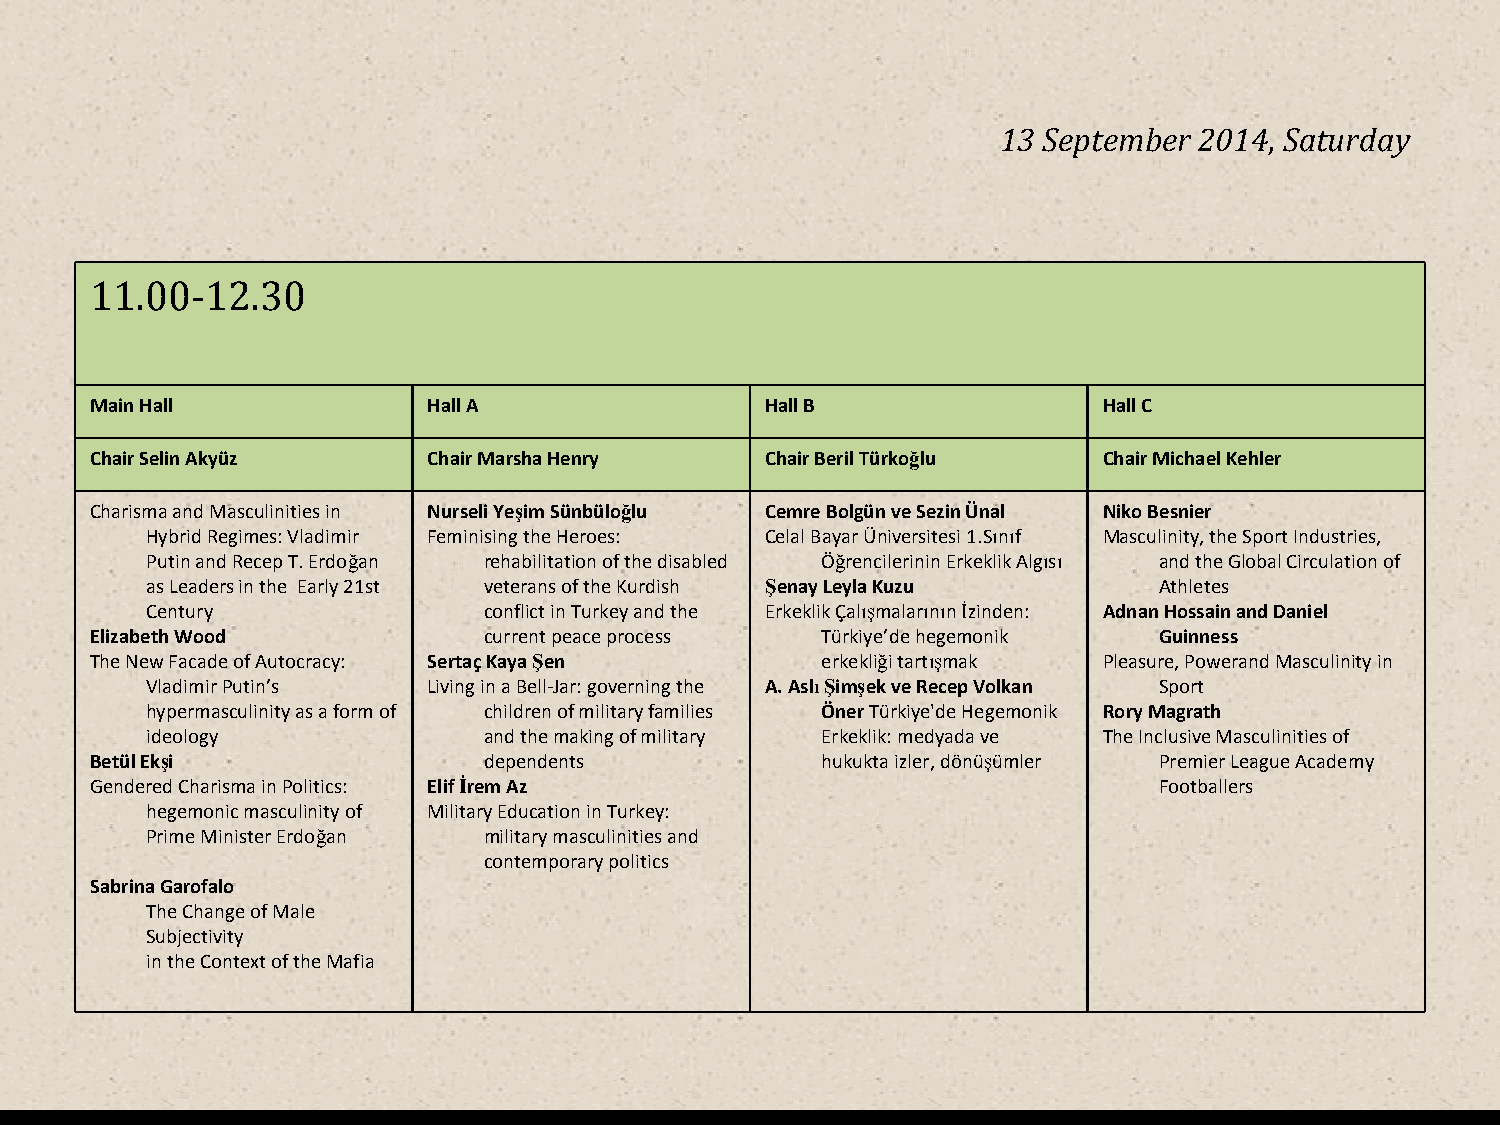
13 September 2014, Saturday
 11.00-12.30
 Main Hall             Hall A                 Hall B                Hall C
 Chair Selin Akyüz     Chair Marsha Henry     Chair Beril Türkoğlu  Chair Michael Kehler
 Charisma and Masculinities in Nurseli Yeşim Sünbüloğlu Cemre Bolgün ve Sezin Ünal Niko Besnier
 Hybrid Regimes: Vladimir Feminising the Heroes: Celal Bayar Üniversitesi 1.Sınıf Masculinity, the Sport Industries,
 Putin and Recep T. Erdoğan rehabilitation of the disabled Öğrencilerinin Erkeklik Algısı and the Global Circulation of
 as Leaders in the Early 21st veterans of the Kurdish Şenay Leyla Kuzu Athletes
 Century               conflict in Turkey and the Erkeklik Çalışmalarının İzinden: Adnan Hossain and Daniel
 Elizabeth Wood            current peace process Türkiye’de hegemonik   Guinness
 The New Facade of Autocracy: SertaçKaya Şen     erkekliği tartışmak Pleasure, Powerand Masculinity in
 Vladimir Putin’s  Living in a Bell-Jar: governing the A. AslıŞimşek ve Recep Volkan Sport
 hypermasculinity as a form of children of military families ÖnerTürkiye'de Hegemonik Rory Magrath
 ideology              and the making of military Erkeklik: medyada ve The Inclusive Masculinities of
 Betül Ekşi                dependents            hukukta izler, dönüşümler Premier League Academy
 Gendered Charisma in Politics: Elif İrem Az                            Footballers
 hegemonic masculinity of Military Education in Turkey:
 Prime Minister Erdoğan military masculinities and
 contemporary politics
 Sabrina Garofalo
 TheChangeofMale
 Subjectivity
 intheContextoftheMafia